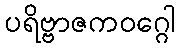
ပရိဗ္ဗာဇကဝဂ္ဂေါ